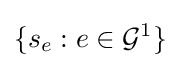
\{s_{e}:e\in {\mathcal {G}}^{1}\}